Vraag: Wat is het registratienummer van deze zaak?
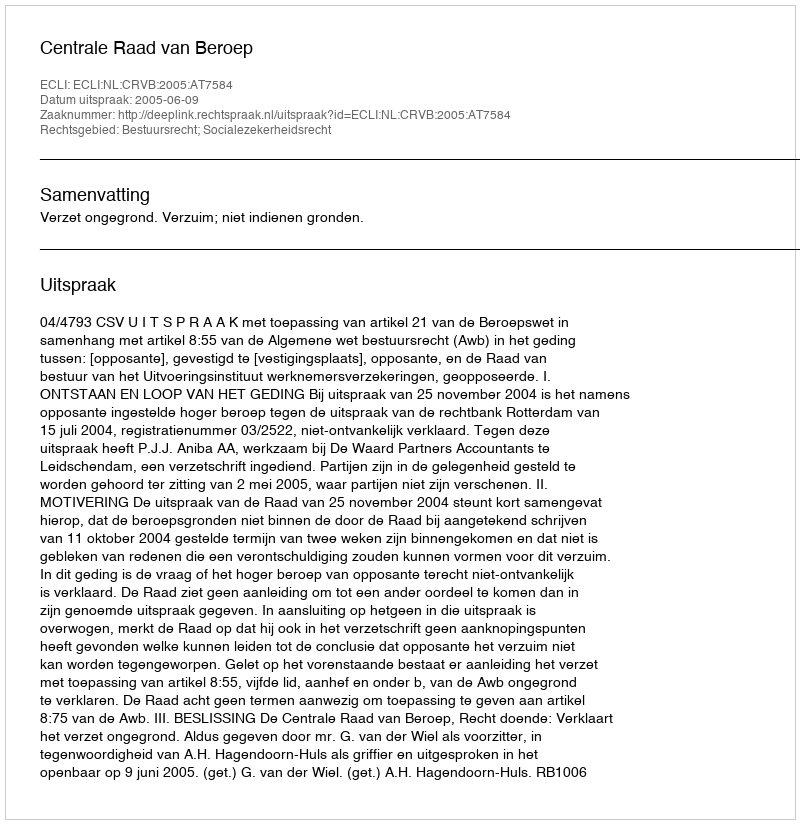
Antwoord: http://deeplink.rechtspraak.nl/uitspraak?id=ECLI:NL:CRVB:2005:AT7584